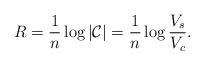
\begin{align*}R=\frac{1}{n}\log\left|\mathcal{C}\right|=\frac{1}{n}\log\frac{V_{s}}{V_{c}}.\end{align*}